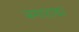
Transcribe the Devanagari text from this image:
जमादाडा